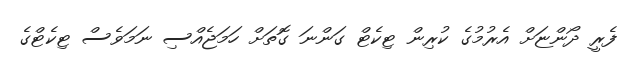
ފެރީ ދޯންޏަށް އެރުމުގެ ކުރިން ޓިކެޓް ގަންނަ ގޮތަށް ހަމަޖެއްސި ނަމަވެސް ޓިކެޓްގެ